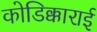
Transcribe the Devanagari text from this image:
कोडिक्काराई